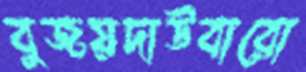
বুজয়দাউবারো